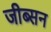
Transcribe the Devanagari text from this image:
जीब्सन